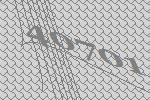
40701